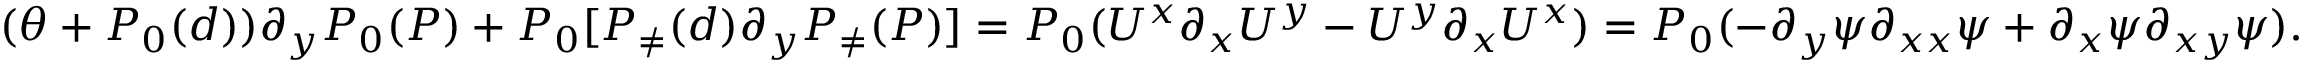
\begin{array} { r } { ( \theta + P _ { 0 } ( d ) ) \partial _ { y } P _ { 0 } ( P ) + P _ { 0 } [ P _ { \neq } ( d ) \partial _ { y } P _ { \neq } ( P ) ] = P _ { 0 } ( U ^ { x } \partial _ { x } U ^ { y } - U ^ { y } \partial _ { x } U ^ { x } ) = P _ { 0 } ( - \partial _ { y } \psi \partial _ { x x } \psi + \partial _ { x } \psi \partial _ { x y } \psi ) . } \end{array}